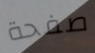
صفحة